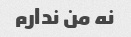
نه من ندارم